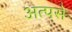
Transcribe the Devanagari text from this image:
अत्पसे